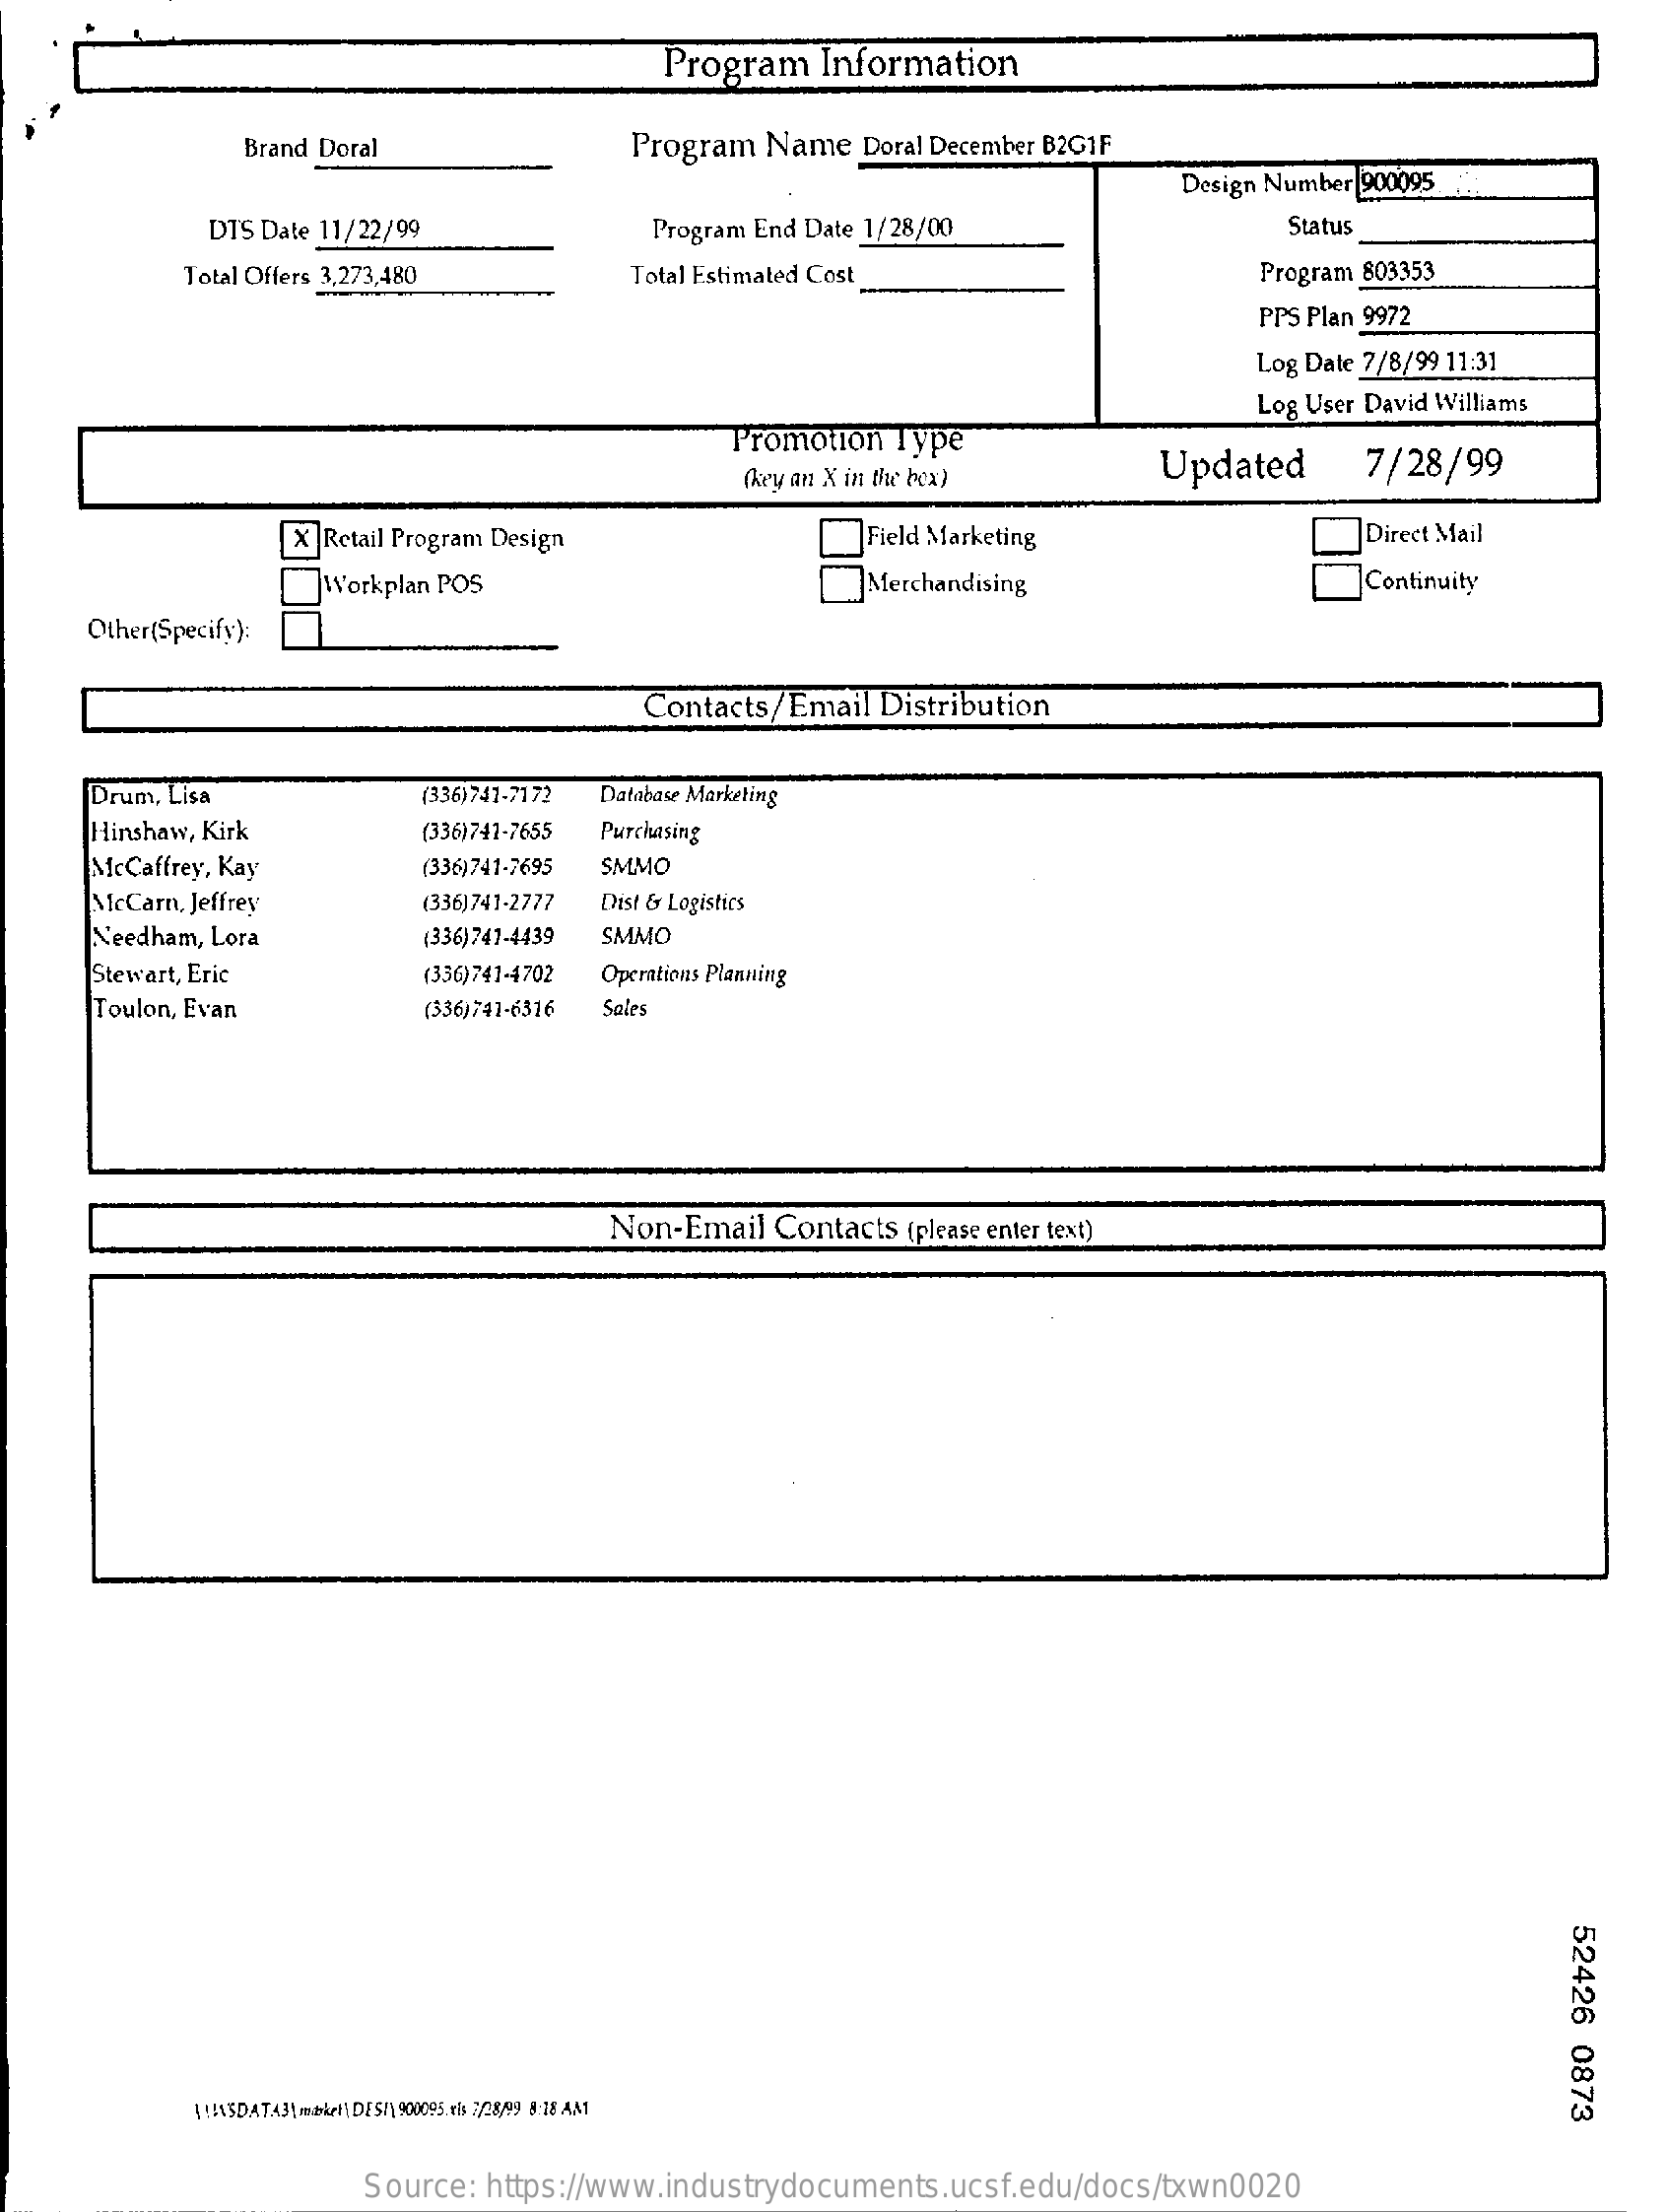
Program   Information
     Brand Doral    Program Name  Doral December B2GIF
     Design Number 900095
     DTS Date 11/22/99    Program End Date 1/28/00    Status
     Total Offers 3,273,480    Total Estimated Cost    Program 803353
     PPS Plan 9972
     Log Date 7/8/99 11:31
     Log User David Williams
     Promotion Type
     (key an X in the box)    Updated    7/28/99
     X | Retail Program Design    Field Marketing    Direct Mail
     Workplan POS    Merchandising    Continuity
     Other(Specify):
     Contacts/Email Distribution
     Drum, Lisa    (336)741-7172 Database Marketing
     Hinshaw, Kirk    (336)741-7655 Purchasing
     McCaffrey, Kay    (336)741-7695 SMMO
     McCarn, Jeffrey    (336)741-2777 Dist & Logistics
     Needham, Lora    (336)741-4439 SMMO
     Stewart, Eric    (336)741-4702 Operations Planning
     Toulon, Evan    (336)741-6316 Sales
     Non-Email Contacts (please enter text)
     52426
     0873
     ( !! ASDATA3\ mbkel\, DES\ 900095. vls 7/28/09 8:18 AM1
     Source: https://www.industrydocuments.ucsf.edu/docs/txwn0020